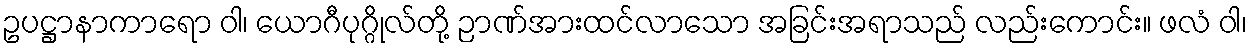
ဥပဋ္ဌာနာကာရော ဝါ၊ ယောဂီပုဂ္ဂိုလ်တို့ ဉာဏ်အားထင်လာသော အခြင်းအရာသည် လည်းကောင်း။ ဖလံ ဝါ၊